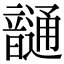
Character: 𩐹